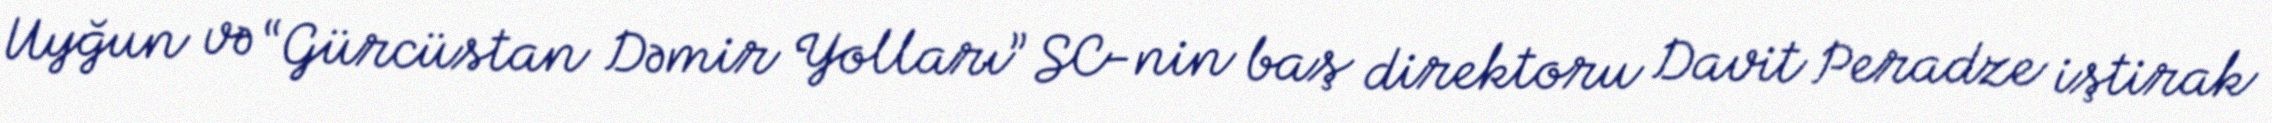
Uyğun və “Gürcüstan Dəmir Yolları” SC-nin baş direktoru Davit Peradze iştirak